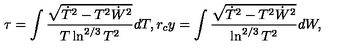
\tau = \int \frac { \sqrt { \dot { T } ^ { 2 } - T ^ { 2 } \dot { W } ^ { 2 } } } { T \ln ^ { 2 / 3 } T ^ { 2 } } d T , r _ { c } y = \int \frac { \sqrt { \dot { T } ^ { 2 } - T ^ { 2 } \dot { W } ^ { 2 } } } { \ln ^ { 2 / 3 } T ^ { 2 } } d W ,